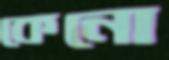
কেনো